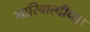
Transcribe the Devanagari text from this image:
गारिबाल्दीच्या